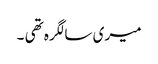
میری سالگرہ تھی ۔